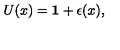
U ( x ) = { \bf 1 } + \epsilon ( x ) ,